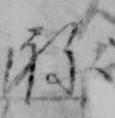
ね